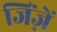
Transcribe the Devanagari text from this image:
जिंज़ें